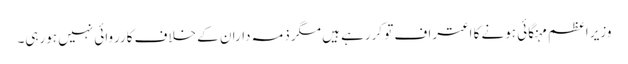
وزیر اعظم مہنگائی ہونے کا اعتراف تو کررہے ہیں مگر ذمہ داران کے خلاف کارروائی نہیں ہورہی۔